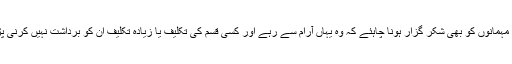
پھر مہمانوں کو بھی شکر گزار ہونا چاہئے کہ وہ یہاں آرام سے رہے اور کسی قسم کی تکلیف یا زیادہ تکلیف ان کو برداشت نہیں کرنی پڑی۔